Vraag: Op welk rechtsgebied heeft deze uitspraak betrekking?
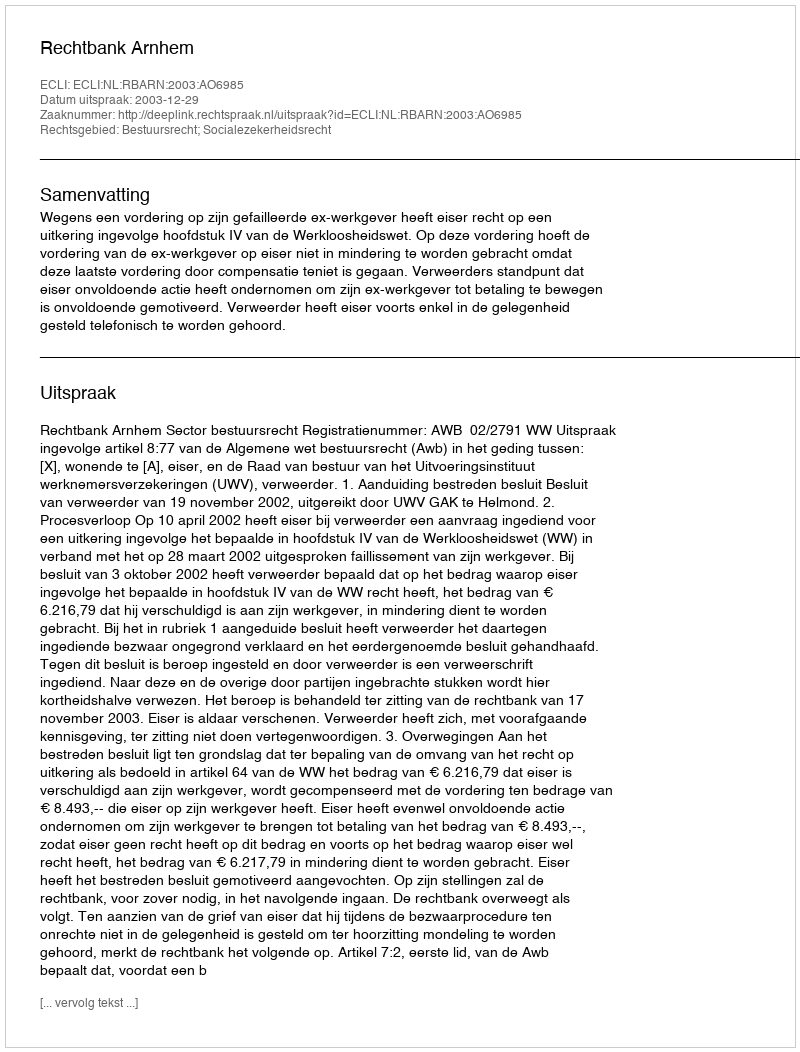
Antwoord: Bestuursrecht; Socialezekerheidsrecht